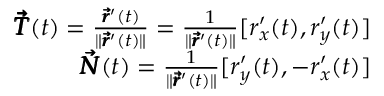
\begin{array} { r } { \pmb { \vec { T } } ( t ) = \frac { \pmb { \vec { r } } ^ { \prime } ( t ) } { \lVert \pmb { \vec { r } } ^ { \prime } ( t ) \rVert } = \frac { 1 } { \lVert \pmb { \vec { r } } ^ { \prime } ( t ) \rVert } [ r _ { x } ^ { \prime } ( t ) , r _ { y } ^ { \prime } ( t ) ] } \\ { \pmb { \vec { N } } ( t ) = \frac { 1 } { \lVert \pmb { \vec { r } } ^ { \prime } ( t ) \rVert } [ r _ { y } ^ { \prime } ( t ) , - r _ { x } ^ { \prime } ( t ) ] } \end{array}